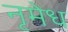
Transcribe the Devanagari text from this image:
नृमेध